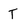
Character: T